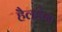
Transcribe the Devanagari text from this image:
हैलडेन